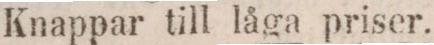
Knappar till låga priser.